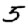
Digit: 5